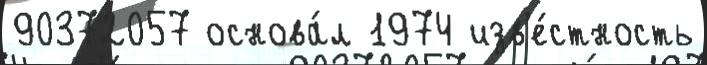
90372057 основа́л 1974 изв'е́стность